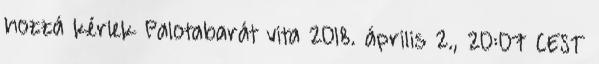
hozzá kérlek Palotabarát vita 2018. április 2., 20:07 CEST